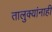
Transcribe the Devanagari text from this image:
तालुक्यांनाही